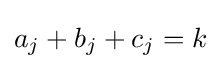
a_{j}+b_{j}+c_{j}=k